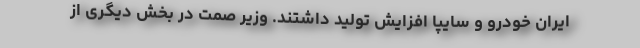
ایران خودرو و سایپا افزایش تولید داشتند. وزیر صمت در بخش دیگری از